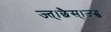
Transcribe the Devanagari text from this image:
ज्त्।छैस्।ज्प्व्छ